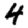
Digit: 4